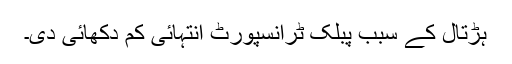
ہڑتال کے سبب پبلک ٹرانسپورٹ انتہائی کم دکھائی دی۔